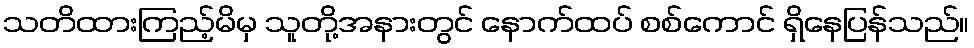
သတိထားကြည့်မိမှ သူတို့အနားတွင် နောက်ထပ် စစ်ကောင် ရှိနေပြန်သည်။